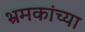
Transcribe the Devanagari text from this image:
भ्रमकांच्या